Civil Veterinary Dept. Bombay admin report 1907-1913 - 1907-1913
Year: 1907
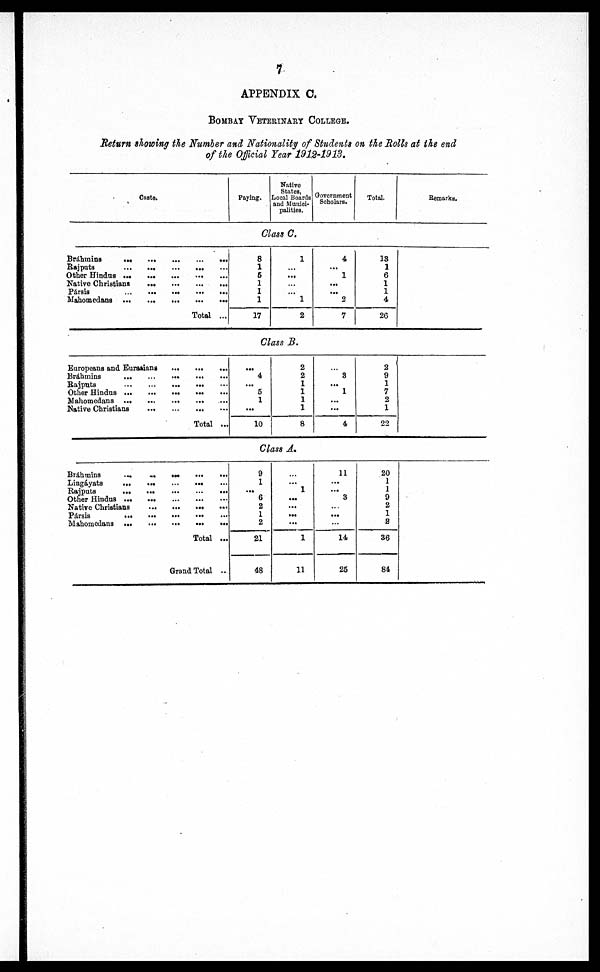
7
APPENDIX C.
BOMBAY VETERINARY COLLEGE.
Return showing the Number and Nationality of Students on the Bolls at the end
of the Official Tear 1912-1913.
Caste.
Paying.
Native
States,
Local Boards
and Munici-
palities.
Government
Scholars.
Total.
Remarks.
Class C.
Brahmins
...
Rajputs ...
Other Hindus ...
Native Christians
Pársis ...
Mahomcdana ...
...
...
...
...
...
...
...
...
...
...
...
...
...
...
...
...
...
...
Total
...
...
...
...
...
...
...
8
1
5
1
1
1
17
1
...
...
...
... 1
2
4
...
1
...
... 2
7
13
1
6
1
1
4
26
Class B.
Europeans and Eurasians
Bráhmins
...
Rajputs ...
Other Hindus ...
Mahomedans ...
Native Christians
...
...
...
...
...
...
...
...
...
...
...
...
...
...
...
Total
...
...
...
...
...
...
...
...
4
...
5
1
...
10
2
2
1
1
1
1
8
...
3
...
1
...
...
4
2
9
1
7
2
1
22
Class A.
Bráhmins
...
Lingáyats
...
Rajputs
...
Other Hindus ...
Native Christians
Pársis
...
Mahomedans ...
...
...
...
...
...
...
...
...
...
...
...
...
...
...
...
...
...
...
...
...
...
...
...
...
...
...
...
...
Total
...
Grand Total
...
9
1
... 6
2
1
2
21
48
...
...
1
...
...
...
...
1
11
11
...
... 3
...
...
...
14
25
20
1
1
9
2
1
2
36
84